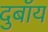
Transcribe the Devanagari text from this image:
दुबॉय